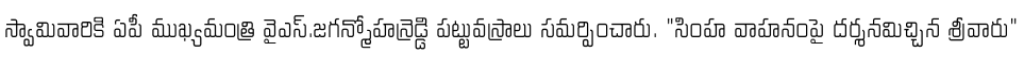
స్వామివారికి ఏపీ ముఖ్యమంత్రి వైఎస్.జగన్మోహన్రెడ్డి పట్టువస్రాలు సమర్పించారు. "సింహ వాహనంపై దర్శనమిచ్చిన శ్రీవారు"